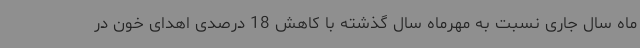
ماه سال جاری نسبت به مهرماه سال گذشته با کاهش 18 درصدی اهدای خون در